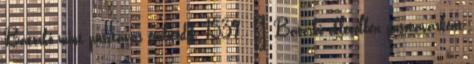
Bátorkő mint pusztavár említődik. 1539. – Bátorkő oklevélben pusztavárként